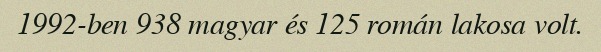
1992-ben 938 magyar és 125 román lakosa volt.